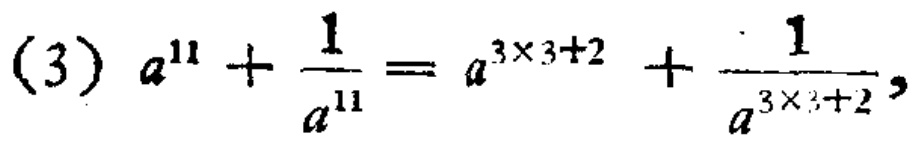
\[(3) a^{11}+\frac{1}{a^{11}} = a^{3\times3 + 2}+\frac{1}{a^{3\times3+2}},\]